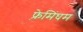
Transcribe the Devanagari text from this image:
फ़्रेमिंघम